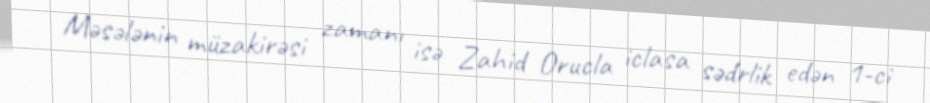
Məsələnin müzakirəsi zamanı isə Zahid Orucla iclasa sədrlik edən 1-ci